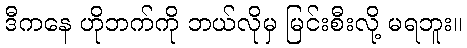
ဒီကနေ ဟိုဘက်ကို ဘယ်လိုမှ မြင်းစီးလို့ မရဘူး။